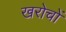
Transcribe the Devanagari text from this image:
खरोचों